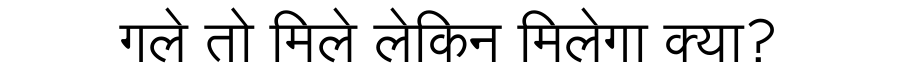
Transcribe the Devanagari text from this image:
गले तो मिले लेकिन मिलेगा क्या?